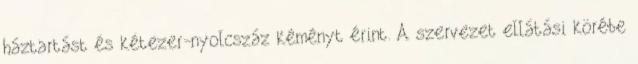
háztartást és két­ezer-nyolcszáz kéményt érint. A szervezet ellátási körébe